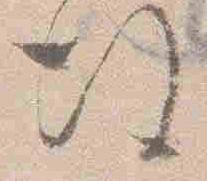
後